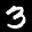
Label: 3